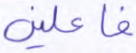
فاعلين